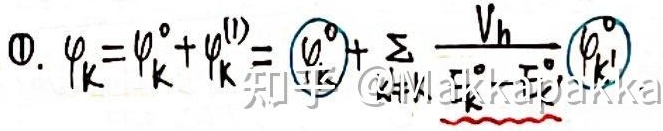
\textcircled{1}. \(\varphi_{k}=\varphi_{k}^{0}+\varphi_{k}^{(1)}=\varphi_{k}^{0}+\sum\frac{V_{h}}{E_{k}^{0}-E_{k'}^{0}}\varphi_{k'}^{0}\)